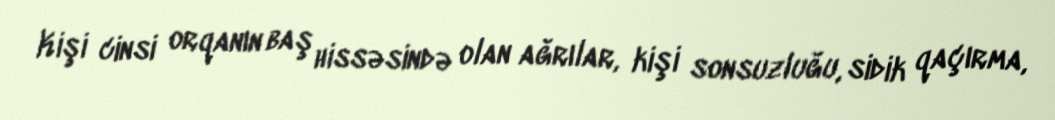
Kişi cinsi orqanın baş hissəsində olan ağrılar, kişi sonsuzluğu, sidik qaçırma,